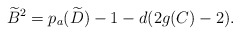
\begin{align*}\widetilde{B}^2= p_a(\widetilde{D})-1-d(2g(C)-2).\end{align*}